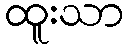
ထူးသာ